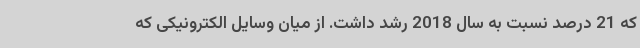
که 21 درصد نسبت به سال 2018 رشد داشت. از میان وسایل الکترونیکی که